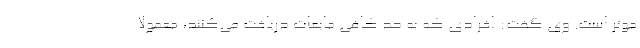
موثر است. وی گفت: افرادی که به حد کافی مایعات دریافت می‌کنند، معمولا